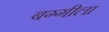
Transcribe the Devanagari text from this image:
बग्गीला